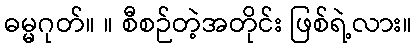
ဓမ္မဂုတ်။ ။ စီစဉ်တဲ့အတိုင်း ဖြစ်ရဲ့လား။